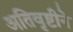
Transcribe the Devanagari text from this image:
अतिवृष्टीने